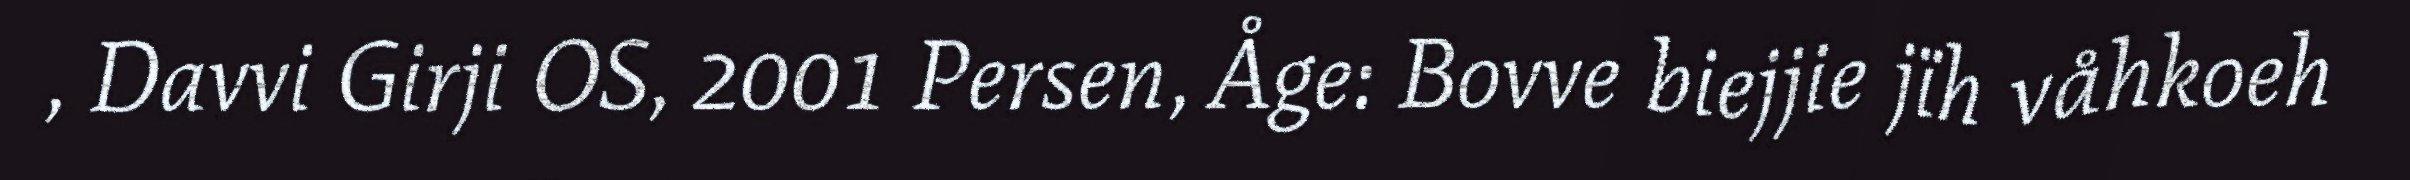
, Davvi Girji OS, 2001 Persen, Åge: Bovve biejjie jïh våhkoeh